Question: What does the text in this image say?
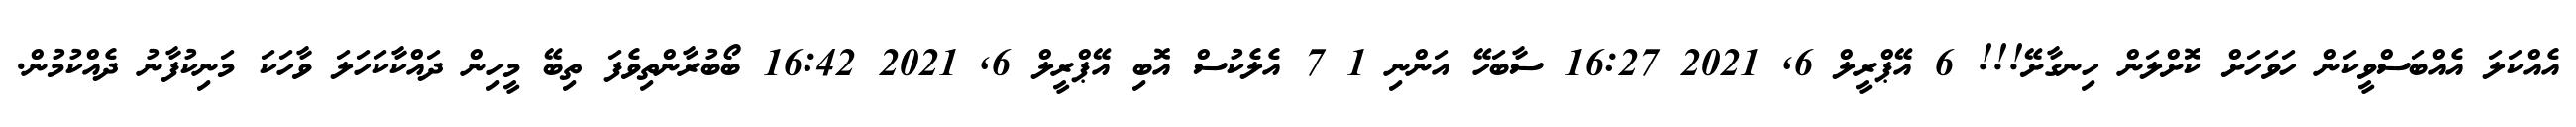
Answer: އެއްކަލަ އެއްބަސްވީކަން ހަވަހަށް ކޮށްލަން ހިނގާށޭ!!! 6 އޭޕްރީލް 6, 2021 16:27 ސާބަހޭ އަންނި 1 7 އެލެކުސް އޮބި އޭޕްރީލް 6, 2021 16:42 ބޯބުރާންތިވެފަ ތިބޭ މީހިން ދައްކާކަހަލަ ވާހަކަ މަނިކުފާނު ދެއްކުމުން.